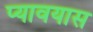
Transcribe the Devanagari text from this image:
प्यावयास